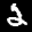
Label: 2